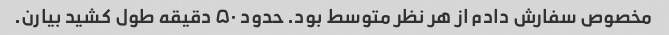
مخصوص سفارش دادم از هر نظر متوسط بود. حدود ۵۰ دقیقه طول کشید بیارن.